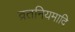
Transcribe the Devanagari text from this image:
व्रतनियमादि